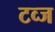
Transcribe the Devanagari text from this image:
टव्ज